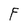
Character: F